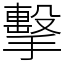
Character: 擊